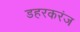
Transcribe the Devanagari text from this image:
डहरकरंज